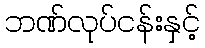
ဘဏ်လုပ်ငန်းနှင့်